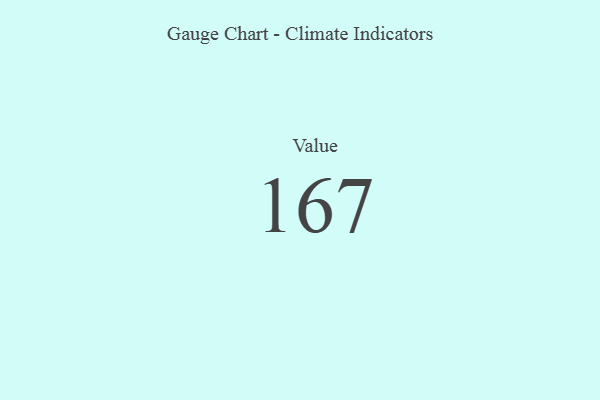
{"axis": {"x": "Metric", "y": "Value"}, "legend": [""], "data": [{"x": "Value", "y": 167, "type": ""}]}